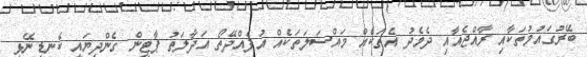
ބޭރުގައުމުތަކާއި ރާއްޖެއާއި ދެމެދު އެތަކެއް މައްސަލަތަކެއް އުފެއްދޭތޯ އަދާލަތު ޕާޓީން ގެންދިޔައީ ކެނޑިނޭޅި